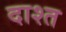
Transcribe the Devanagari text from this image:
दाश्त